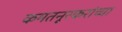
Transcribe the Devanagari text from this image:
कमतनूरकरांच्या